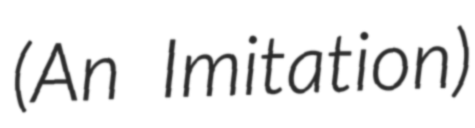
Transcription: (An Imitation)